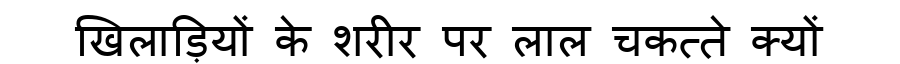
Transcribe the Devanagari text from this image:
खिलाड़ियों के शरीर पर लाल चकत्ते क्यों